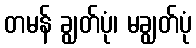
တမန် ချွတ်ပုံ၊ မချွတ်ပုံ